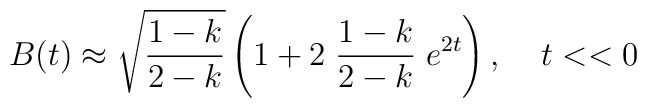
B(t)\approx\sqrt{\frac{1-k}{2-k}}\left(1+2 \;\frac{1-k}{2-k}\;e^{2t}\right),\;\;\;\;t<<0